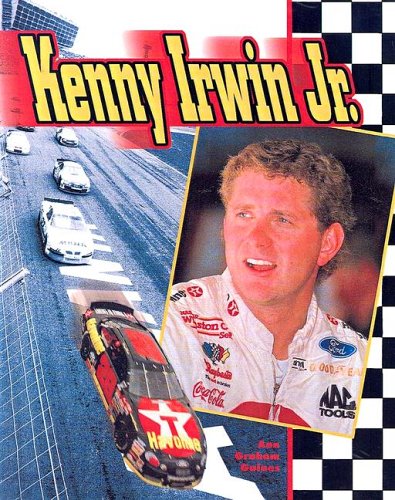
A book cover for Kenny Irwin Jr. (Race Car Legends); Ann Graham Gaines; Teen & Young Adult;